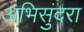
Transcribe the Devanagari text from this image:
अभिसुंदरा